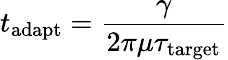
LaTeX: t_{\mathrm{adapt}}=\frac{\gamma}{2\pi\mu\tau_{\mathrm{target}}}